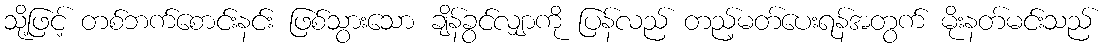
သို့ဖြင့် တစ်ဘက်စောင်းနင်း ဖြစ်သွားသော ချိန်ခွင်လျှာကို ပြန်လည် တည့်မတ်ပေးရန်အတွက် မိုးနတ်မင်းသည်